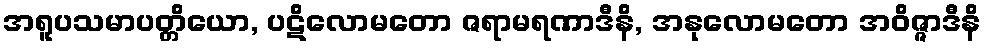
အရူပသမာပတ္တိယော, ပဋိလောမတော ဇရာမရဏာဒီနိ, အနုလောမတော အဝိဇ္ဇာဒီနိ